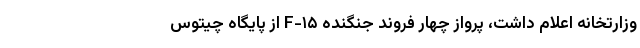
وزارتخانه اعلام داشت، پرواز چهار فروند جنگنده F-۱۵ از پایگاه چیتوس